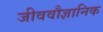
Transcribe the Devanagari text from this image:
जीववौज्ञानिक